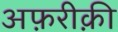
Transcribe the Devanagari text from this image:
अफ़रीक़ी